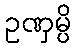
ဥဏှမ္ပိ